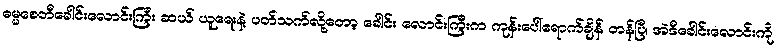
ဓမ္မစေတီခေါင်းလောင်းကြီး ဆယ် ယူရေးနဲ့ ပတ်သက်လို့တော့ ခေါင်း လောင်းကြီးက ကုန်းပေါ်ရောက်ချိန် တန်ပြီ၊ အဲဒီခေါင်းလောင်းကို